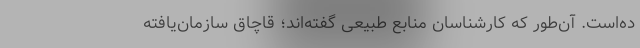
ده‌است. آن‌طور که کارشناسان منابع طبیعی گفته‌اند؛ قاچاق سازمان‌یافته